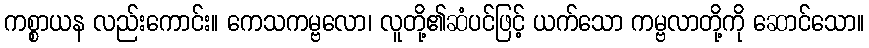
ကစ္စာယန လည်းကောင်း။ ကေသကမ္ဗလော၊ လူတို့၏ဆံပင်ဖြင့် ယက်သော ကမ္ဗလာတို့ကို ဆောင်သော။